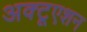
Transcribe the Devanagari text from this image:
अक्टूएशन